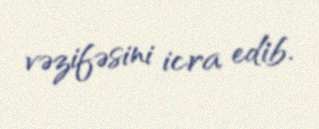
vəzifəsini icra edib.